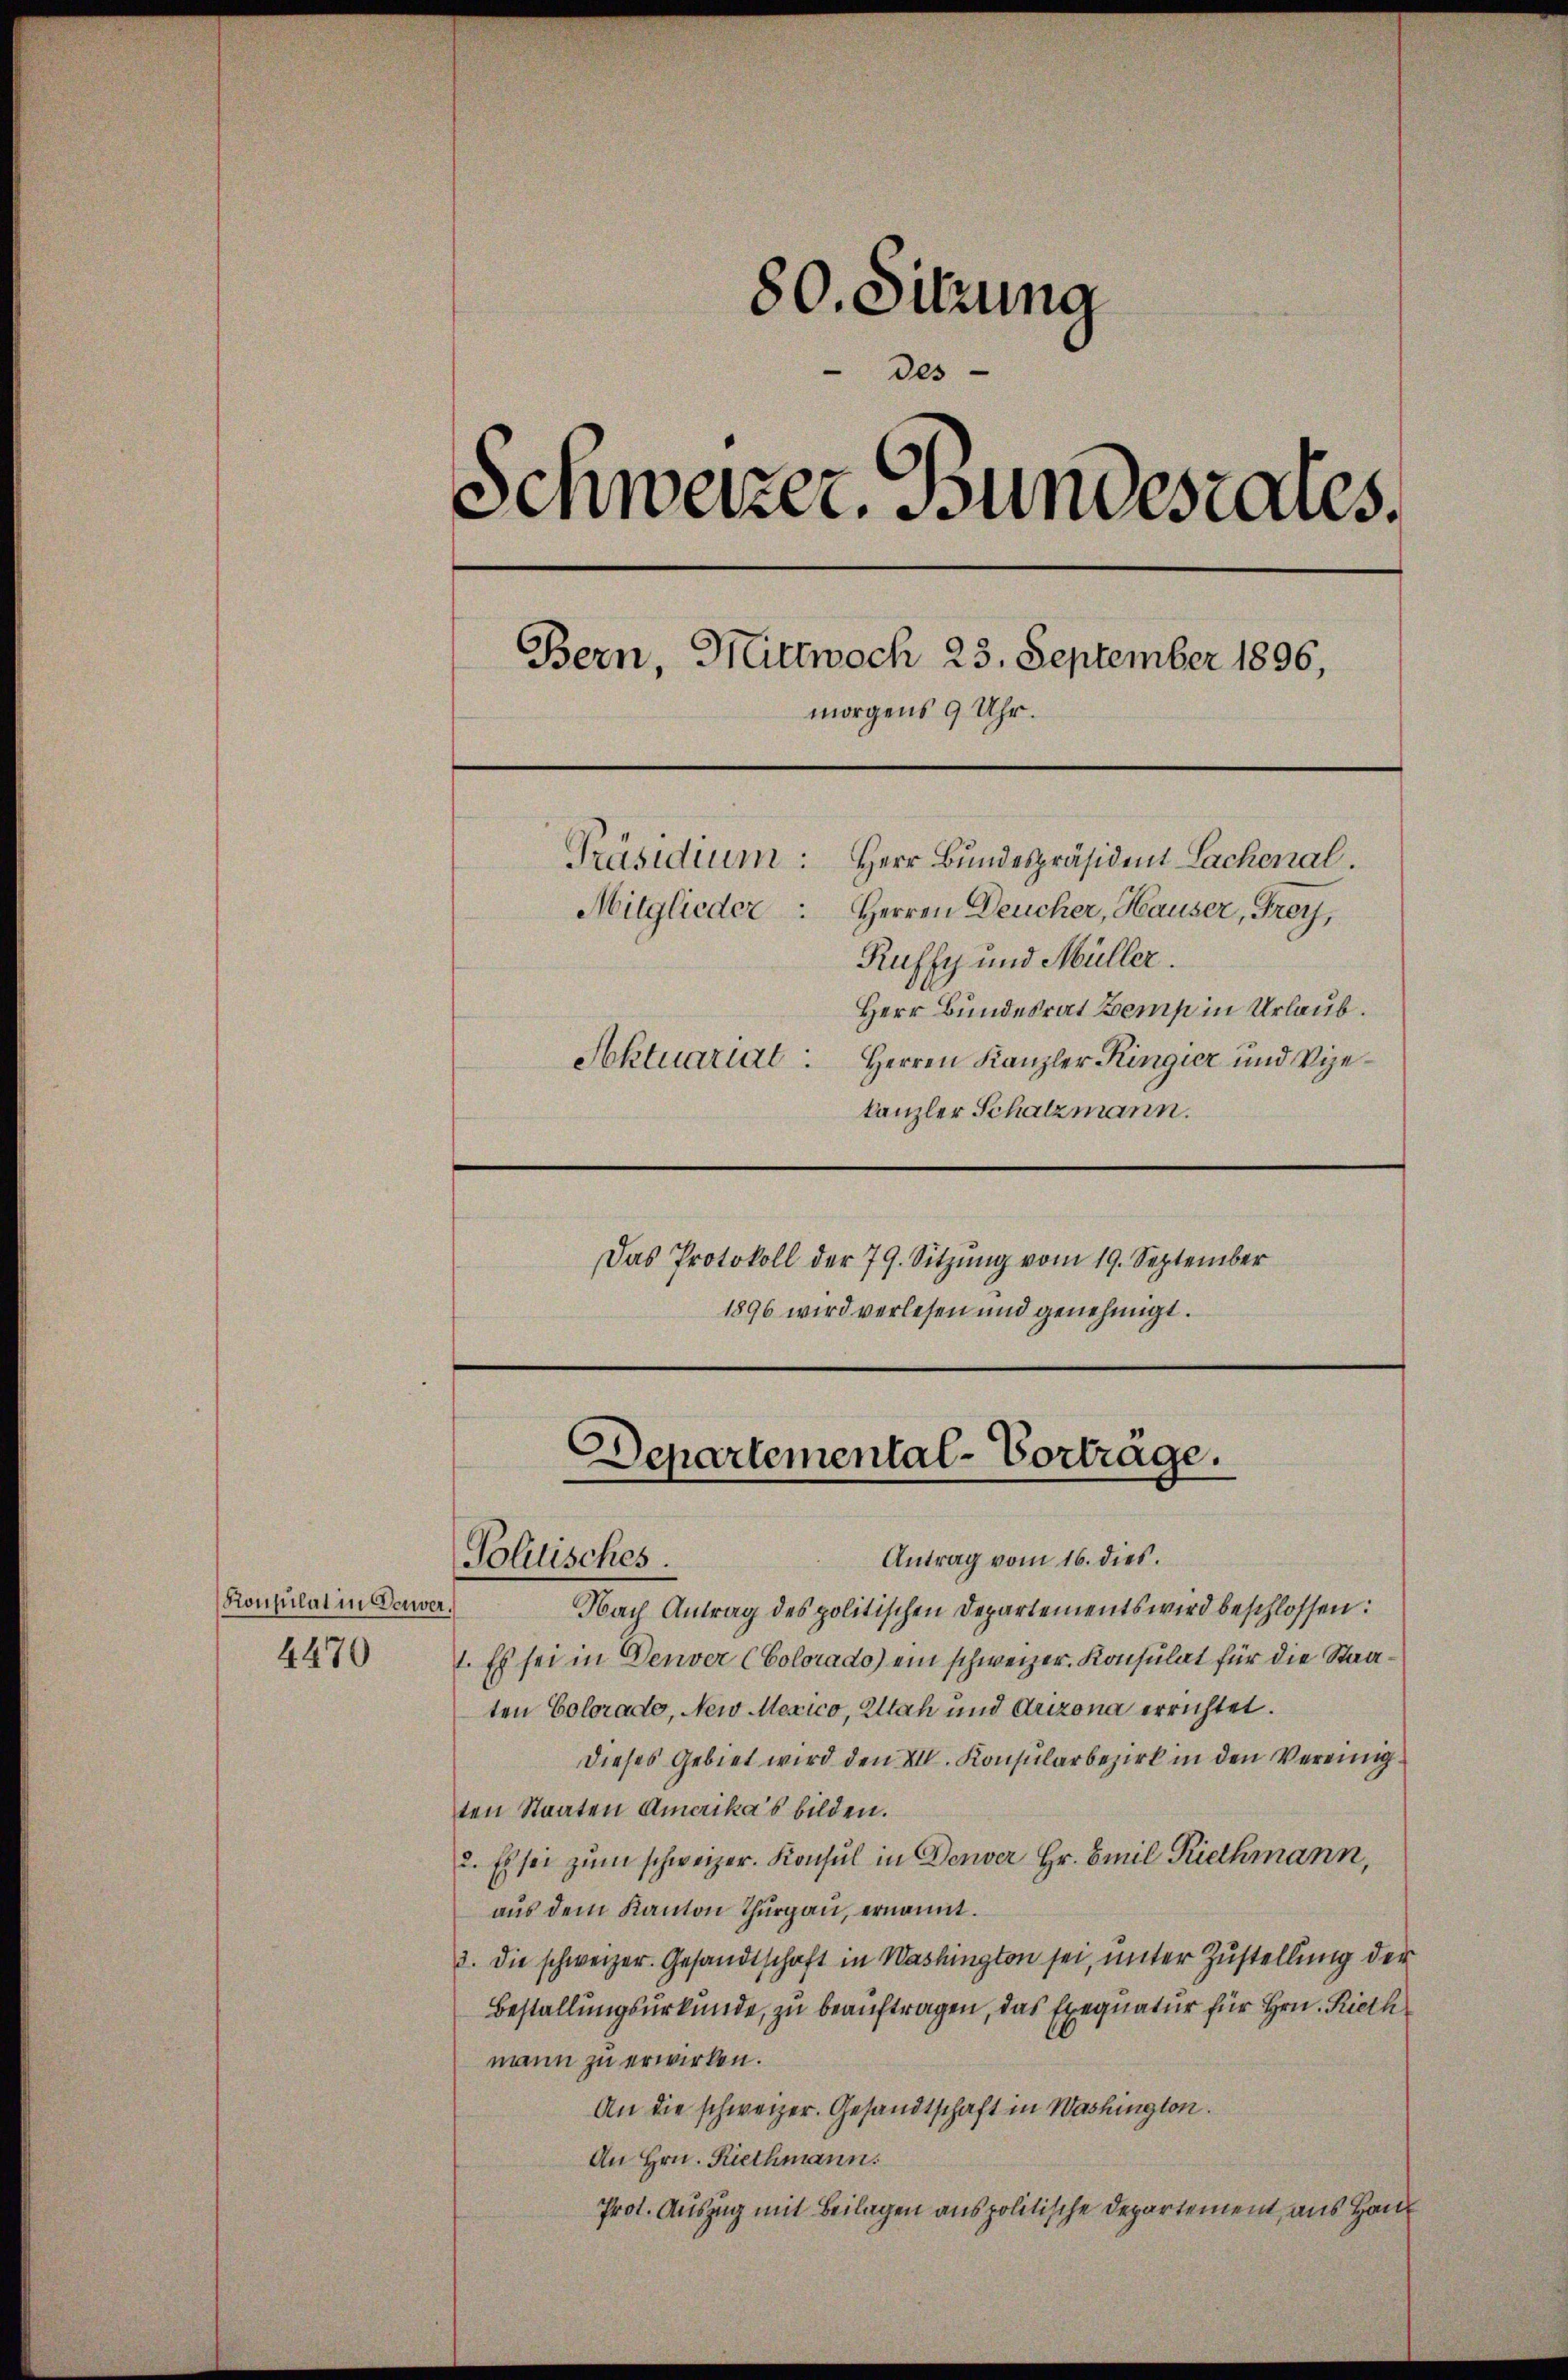
Konsulat in Feuer.
4470

80. Sitzung
des
Schweizer. Bundesrates,
Bern, Mittwoch 23. September 1896,
morgens 9 Uhr.
Präsidium: Herr Bundespräsident Lachenal.
Mitglieder: Herren Deucher, Hauser, Frey,
Ruffy und Müller.
Herr Bundesrat Bemp in Urlaub.
Soktuariat
Herren Kanzler Kingier und Vizekanzler Schatzmann.

Das Protokoll der 79. Sitzung vom 19. September
1896 wird verlesen und genehmigt.

Departemental-Vorträge.
Antrag vom 16. dies.
Pollisches.

Nach Antrag des politischen Departements wird beschlossen:
1. Es sei in Denver (Colorado) ein schweizer. Konsulat für die Staaten Colorado, New Mexico, Altah und Arizona errichtet.
dieses Gebiet wird den VII. Konsularbezirk in den Vereinigten Staaten Amerika’s bilden.
2. Es sei zum schweizer. Konsul in Denver Hr. Emil Riethmann,
aus dem Kanton Thurgau, ernannt.
3. die schweizer. Gesandtschaft in Washington sei, unter Zustellung der
Bestellungsurkunde, zu beauftragen, das Exequatur für Hrn. Riethmann zu erwirken.
An die schweizer. Gesandtschaft in Washington.
An Hrn. Riethmann.
Prot. Auszug mit Beilagen anspolitische Departement, aus Haus